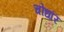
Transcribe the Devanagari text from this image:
चोधरि